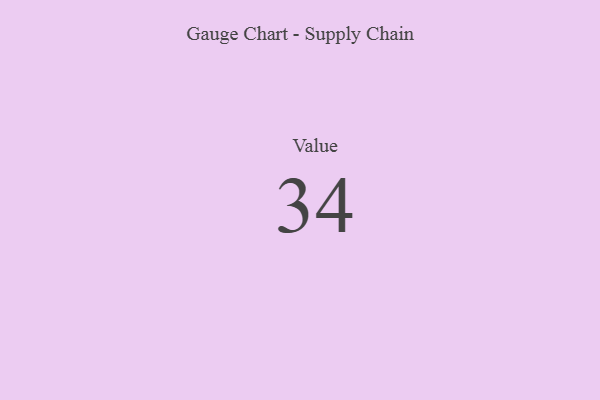
{"axis": {"x": "Metric", "y": "Value"}, "legend": [""], "data": [{"x": "Value", "y": 34, "type": ""}]}